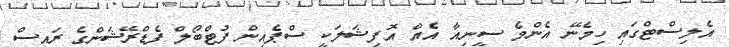
އެލިސްޓްގައި ހިމެނޭ އެންމެ ސީނިއާ އެއް އޮފިޝަލަކީ ސްޕެއިން ފުޓްބޯލް ފެޑްރޭޝަންގެ ރައީސް